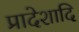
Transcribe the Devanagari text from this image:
प्रादेशादि